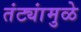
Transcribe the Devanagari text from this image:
तंट्यांमुळे